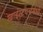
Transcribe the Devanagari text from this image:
ख्राईस्टचर्चमध्ये